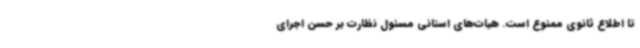
تا اطلاع ثانوی ممنوع است. هیات‌های استانی مسئول نظارت بر حسن اجرای